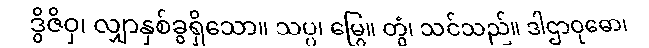
ဒွိဇိဝှ၊ လျှာနှစ်ခွရှိသော။ သပ္ပ၊ မြွေ။ တွံ၊ သင်သည်။ ဒါဌာဝုဓော၊